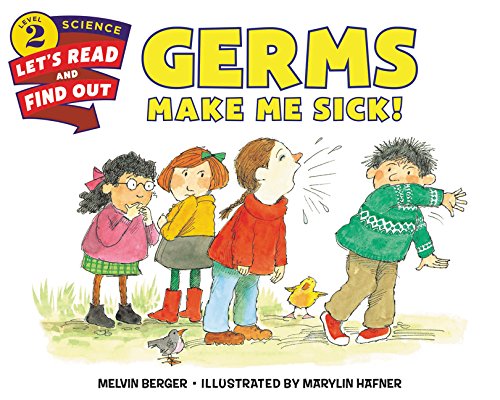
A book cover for Germs Make Me Sick! (Let's-Read-and-Find-Out Science 2); Melvin Berger; Children's Books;